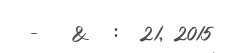
-   &  :  21